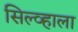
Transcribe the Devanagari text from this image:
सिल्व्हाला